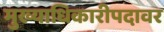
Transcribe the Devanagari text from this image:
मुख्याधिकारीपदावर